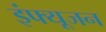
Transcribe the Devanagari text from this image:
इंफ्यूजन